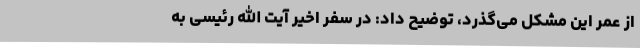
از عمر این مشکل می‌گذرد، توضیح داد: در سفر اخیر آیت الله رئیسی به